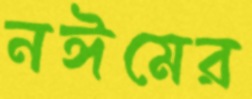
নঈমের